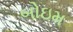
બોઇમ